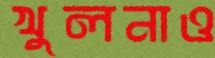
খুলনাও